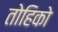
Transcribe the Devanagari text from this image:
तोहिको